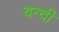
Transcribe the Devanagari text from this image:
बन्‍दी